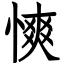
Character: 慡